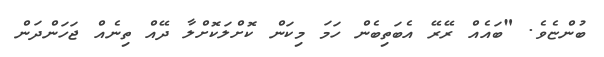
ބުންޏެވެ. "ބައެއް ރޭރޭ އެބަތިބެން ހަމަ މިކަން ކޮށްލަކޮށްލާ ދޭއް ތިނެއް ޖަހަންދަން